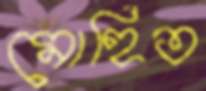
মোহিত